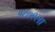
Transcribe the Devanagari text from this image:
१८७९ला